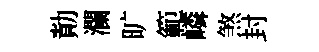
勣瀾旷範嶙煞封